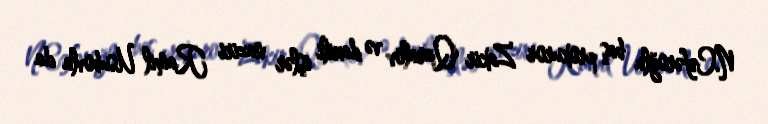
N.Cəfəroğlu baş prokuror Zakir Qaralov və daxili işlər naziri Ramil Usubovla da